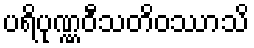
ပရိပုဏ္ဏဝီသတိဝဿာသိ